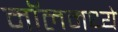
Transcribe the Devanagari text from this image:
मॉलमध्ये